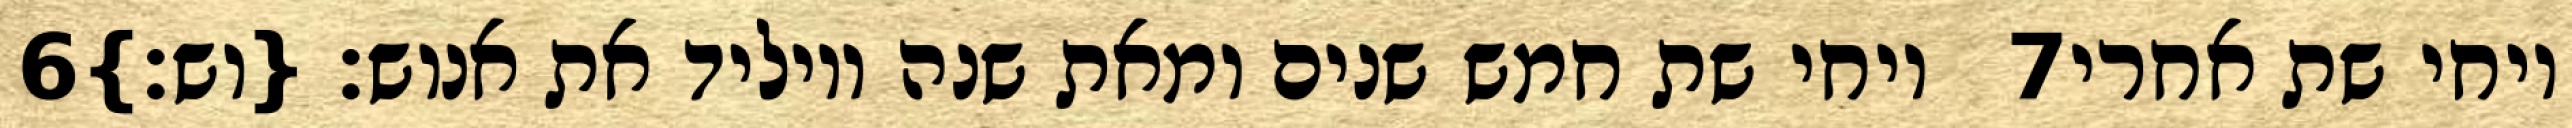
‎6‏ ויחי שת חמש שנים ומאת שנה ויוליד את אנוש׃ {וש׃} ‎7‏ ויחי שת אחרי